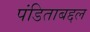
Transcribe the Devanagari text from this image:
पंडिताबद्दल